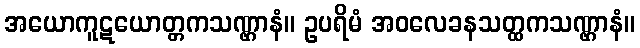
အယောကူဋယောတ္တကသဏ္ဌာနံ။ ဥပရိမံ အဝလေခနသတ္ထကသဏ္ဌာနံ။